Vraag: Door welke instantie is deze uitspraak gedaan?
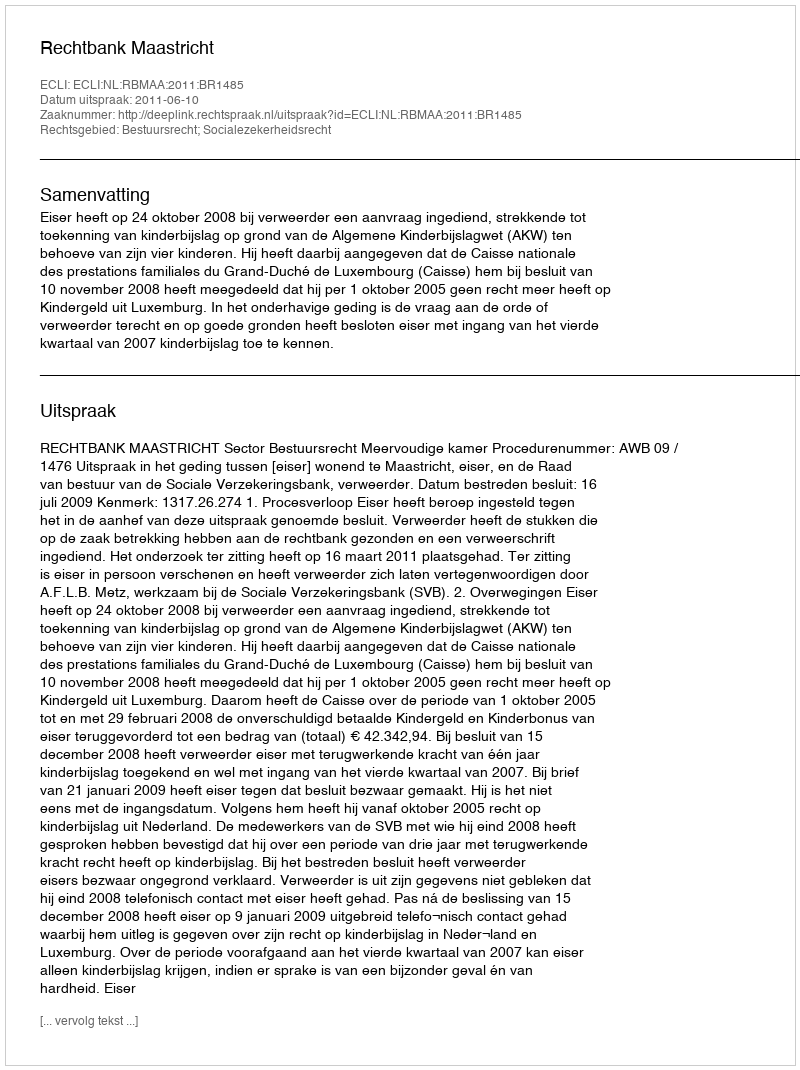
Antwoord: Rechtbank Maastricht